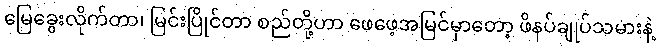
မြေခွေးလိုက်တာ၊ မြင်းပြိုင်တာ စည်တို့ဟာ ဖေဖေ့အမြင်မှာတော့ ဖိနပ်ချုပ်သမားနဲ့